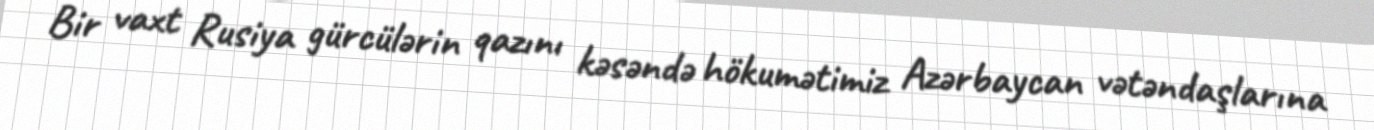
Bir vaxt Rusiya gürcülərin qazını kəsəndə hökumətimiz Azərbaycan vətəndaşlarına